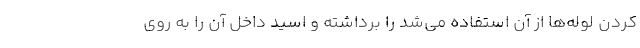
کردن لوله‌ها از آن استفاده می‌شد را برداشته و اسید داخل آن را به روی